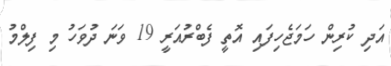
އަދި ކުރިން ހަމަޖެހިފައި އޮތީ ފެބްރުއަރީ 19 ވަނަ ދުވަހު މި ފިލްމު